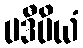
ပဒီပိယံ